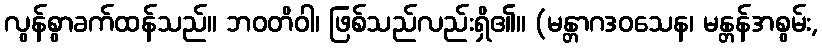
လွန်စွာခက်ထန်သည်။ ဘဝတိဝါ၊ ဖြစ်သည်လည်းရှိ၏။ (မန္တာဂဒဝသေန၊ မန္တန်အစွမ်း,